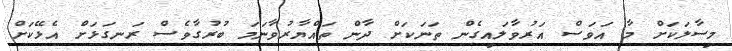
މިސާލަކަށް މާ އަވަސް އަރުވާލައިގެން ތަނަކަށް ދާން ތައްޔާރުވާނަމަ ބުރުގާވެސް ރަނގަޅަށް އެޅޭކަށް